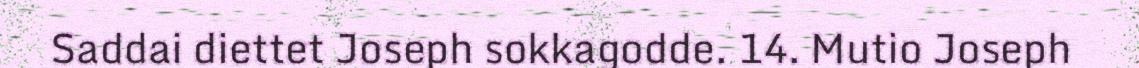
Saddai diettet Joseph sokkagodde. 14. Mutio Joseph